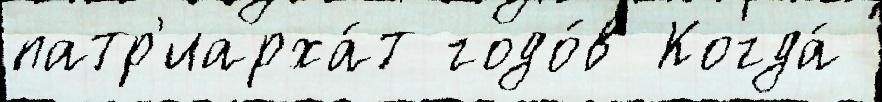
патр'иарха́т годо́в Когда́